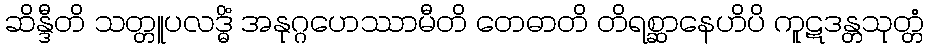
ဆိန္ဒီတိ သတ္တူပလဒ္ဓိံ အနုဂ္ဂဟေဿာမီတိ တေဓာတိ တိရစ္ဆာနေဟိပိ ကူဋဒန္တသုတ္တံ